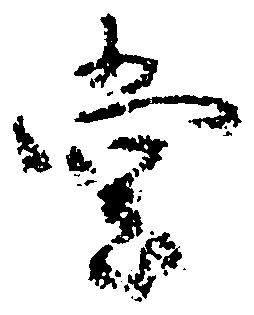
堂